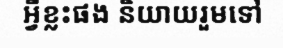
អ្វីខ្លះផង និយាយរួមទៅ